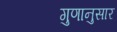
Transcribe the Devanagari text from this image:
गुणानुसार